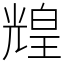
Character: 𤾗